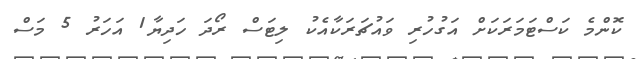
ކޮންމެ ކަސްޓަމަރަކަށް އަގުހުރި ވައުޗަރަކާއެކު ލިޓަސް ރޯދަ ހަދިޔާ1 އަހަރު 5 މަސް